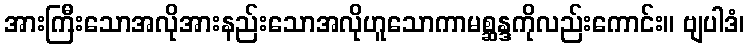
အားကြီးသောအလိုအားနည်းသောအလိုဟူသောကာမစ္ဆန္ဒကိုလည်းကောင်း။ ဗျပါဒံ၊